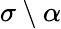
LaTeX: \sigma\setminus\alpha